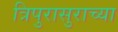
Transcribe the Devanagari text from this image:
त्रिपुरासुराच्या